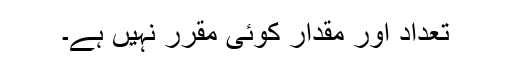
تعداد اور مقدار کوئی مقرر نہیں ہے۔